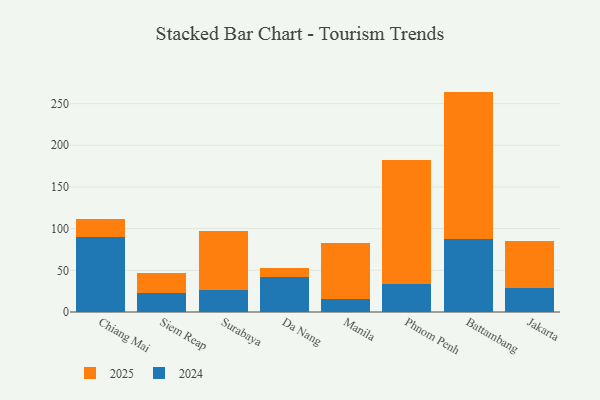
{"axis": {"x": "City", "y": "Inventory Turnover"}, "legend": ["2024", "2025"], "data": [{"x": "Chiang Mai", "y": 89.8, "type": "2024"}, {"x": "Chiang Mai", "y": 21.7, "type": "2025"}, {"x": "Siem Reap", "y": 22.5, "type": "2024"}, {"x": "Siem Reap", "y": 24.3, "type": "2025"}, {"x": "Surabaya", "y": 26.7, "type": "2024"}, {"x": "Surabaya", "y": 70.3, "type": "2025"}, {"x": "Da Nang", "y": 41.9, "type": "2024"}, {"x": "Da Nang", "y": 10.5, "type": "2025"}, {"x": "Manila", "y": 15.5, "type": "2024"}, {"x": "Manila", "y": 67.2, "type": "2025"}, {"x": "Phnom Penh", "y": 33.0, "type": "2024"}, {"x": "Phnom Penh", "y": 149.1, "type": "2025"}, {"x": "Battambang", "y": 87.0, "type": "2024"}, {"x": "Battambang", "y": 177.4, "type": "2025"}, {"x": "Jakarta", "y": 29.0, "type": "2024"}, {"x": "Jakarta", "y": 56.0, "type": "2025"}]}